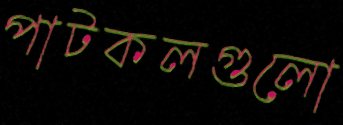
পাটকলগুলো